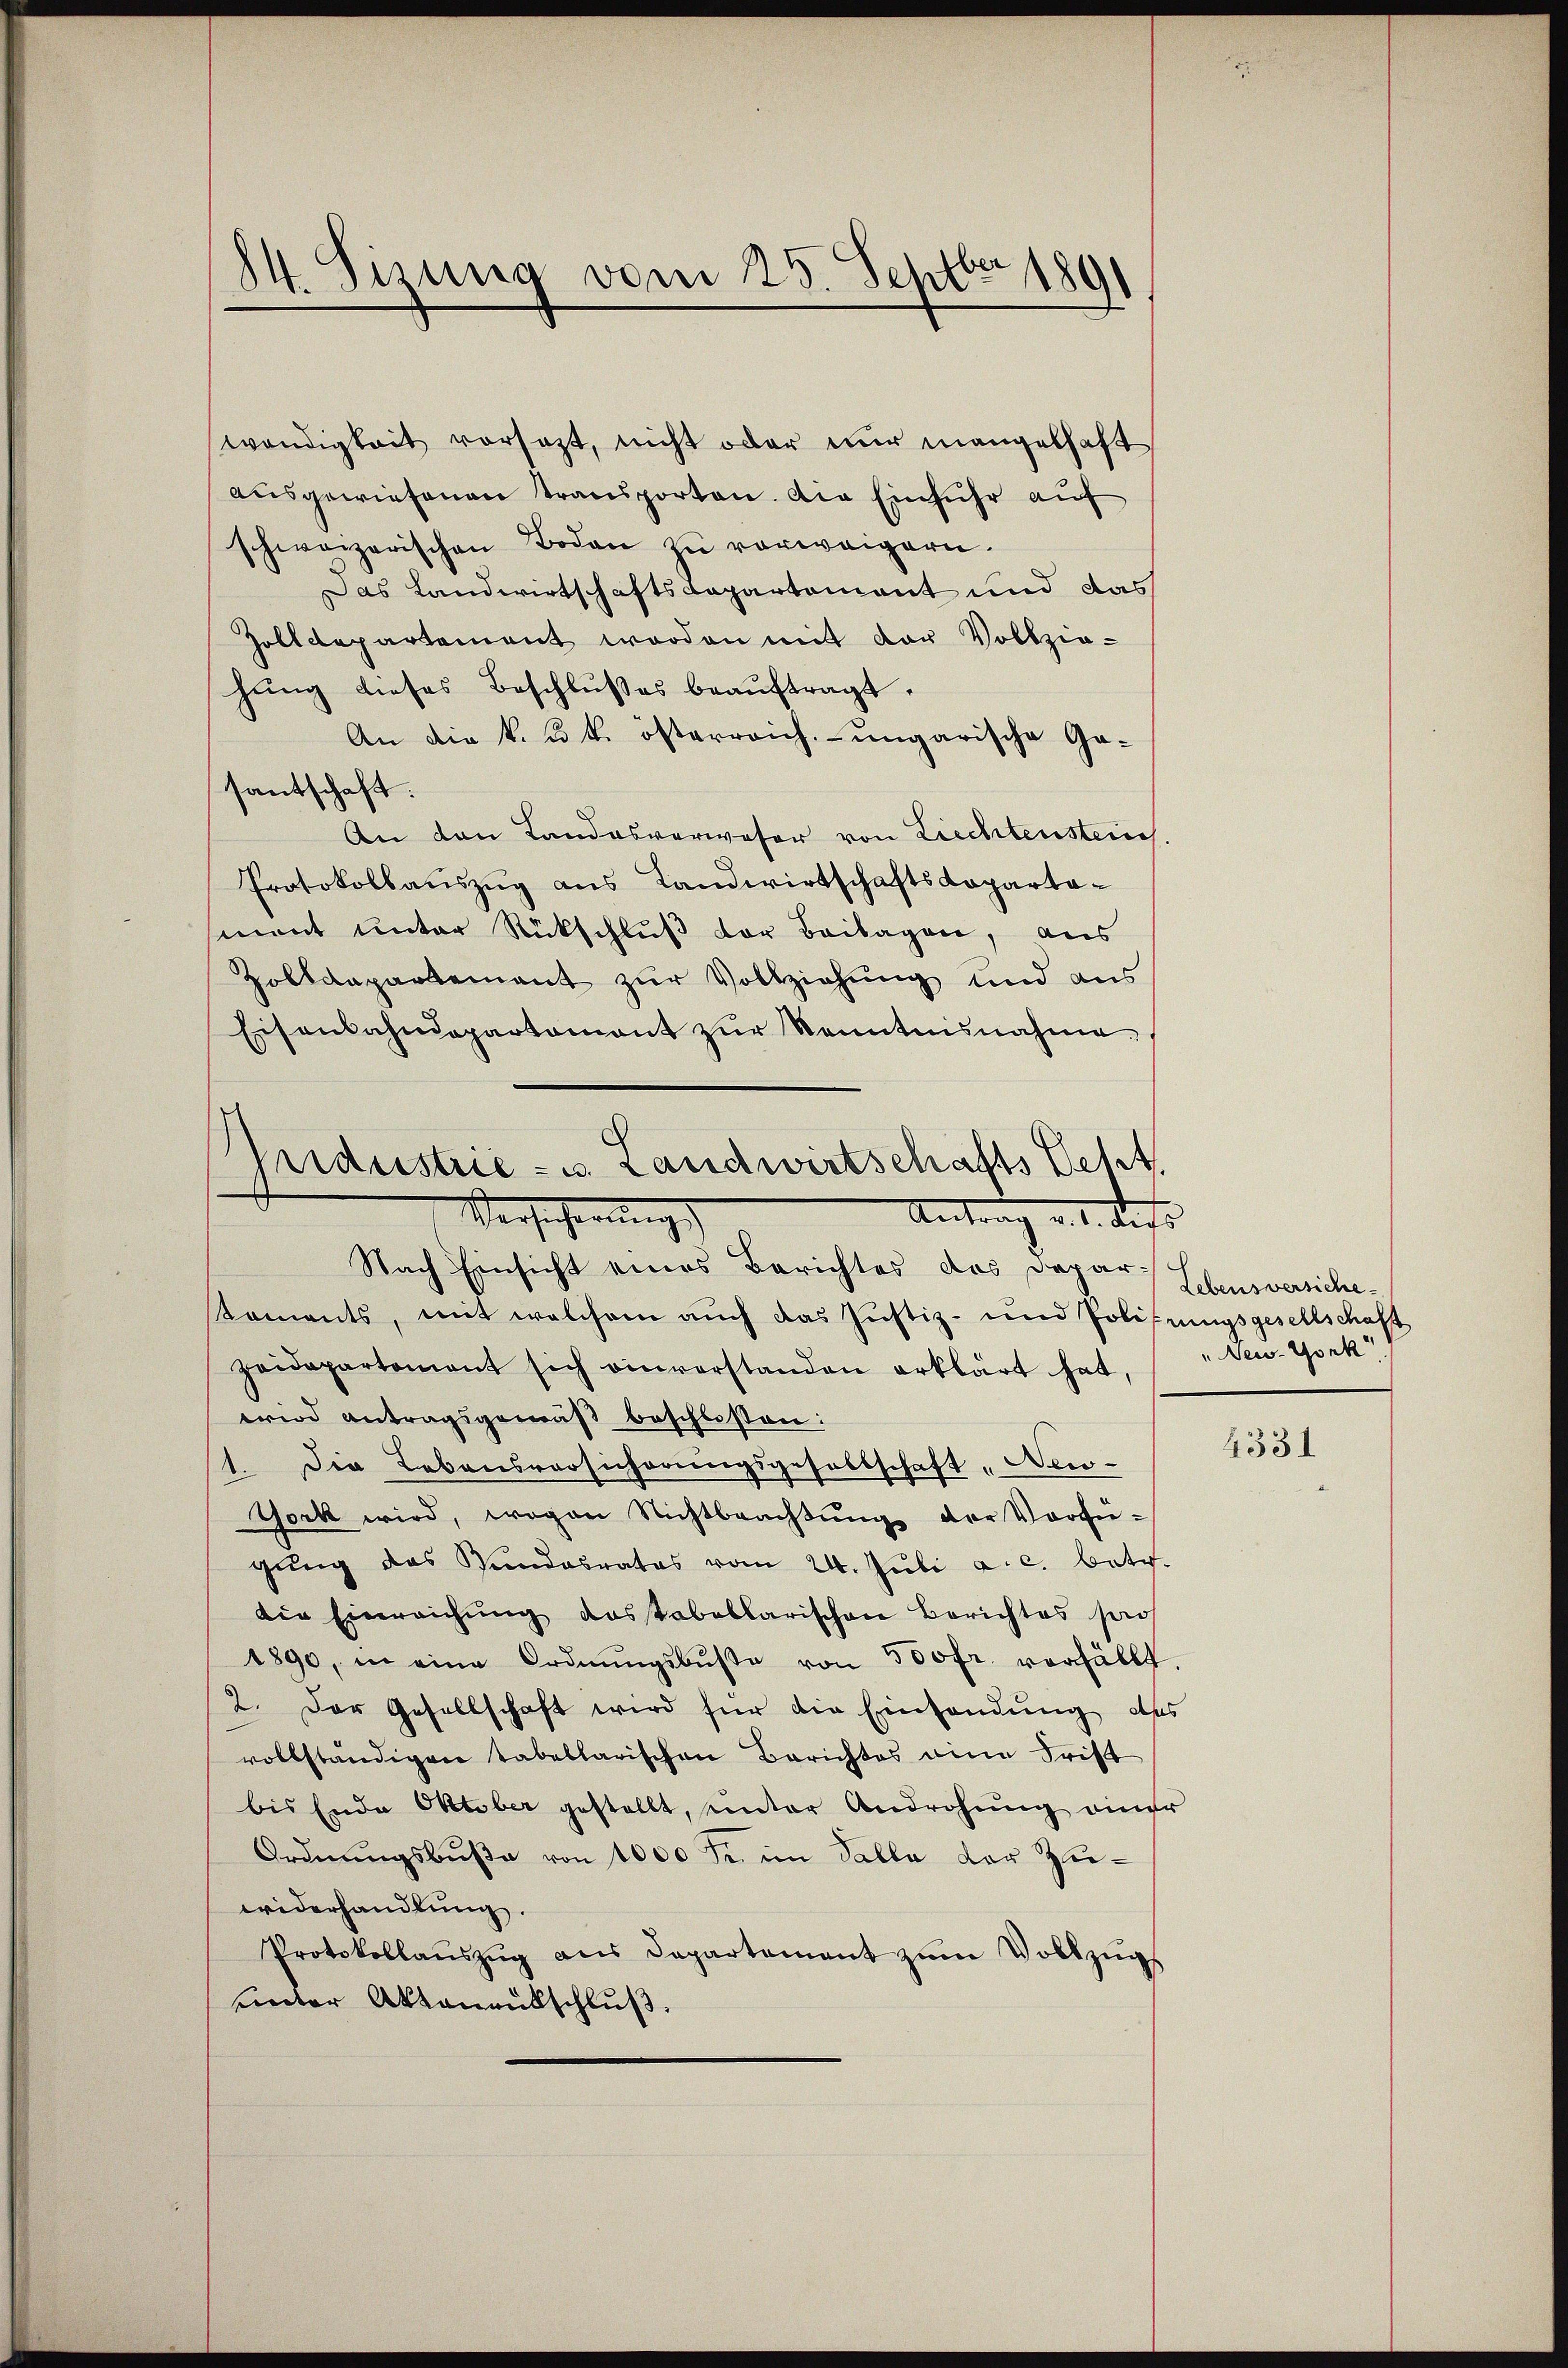
hung dieses Beschlußes beauftragt.
An die k. u. k. österreich. ungarische Gasantschaft.
An den Landesverweser von Ziechtenstein
Protokollauszug aus Landwirtschaftskapartament unter Rückschluß der Beilagen, aus
Zolldepartement zur Vollziehung und aus
Eisenbahndepartament zŭr Kenntnisnahme,
Weiderstrie - u. Landwirtschafts Letzt,

84. Sizung vom 25. Septbr 1891

wendigkeit vorsezt, nicht oder nur mangelhaft
ausgewiesenen Transporten. Die Einfuhr auf
schweizerischen Boden zŭ verweigern.
Das Landwirtschaftsdepartement und das
Zolldepartement worden mit der Vollzie-

Versicherung
Antrag v. 1. des

Nach Einsicht eines Berichtes des Dapar Ebensversiche-
koments, mit welchem auch das Justiz- und Polirungsgesellschaft
zeidepartement sich einverstanden erklärt hat,
wird antragsgemäß beschlossen:
1. Die Lebensversicherungsgesellschaft "New-
York wird, wogen Nichtbeachtŭng der Vorfü-
gŭng das Vindesrates vom 24. Jŭli a. c. betr.
die Einreichŭng das Tabellarischen Berichtes sei
1890, in eine Ordnŭngsbŭβe von 500fr. verfällt.
2. Der Gesellschaft wird für die Einhandung, das
vollständigen tabellarischen Berichtes eine Frist
bis Ende Oktober gestellt, unter Androhŭng einer
Ordnungsbuße von 1000 Fr. im Talla der Zuwiderhandlung.
Protokollaŭszŭg ans Departement zŭm Vollzŭgs
unter Aktenrütschluß.

" New-York

4331